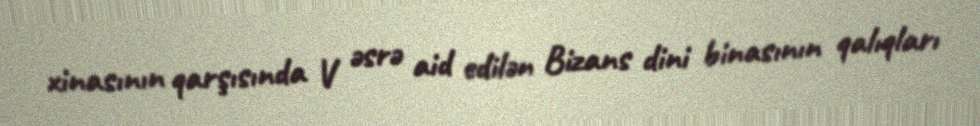
xinasının qarşısında V əsrə aid edilən Bizans dini binasının qalıqları